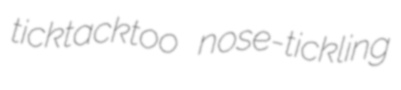
ticktacktoo nose-tickling